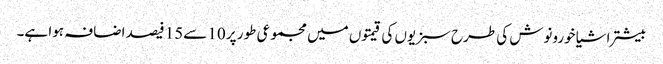
بیشتر اشیا خورونوش کی طرح سبزیوں کی قیمتوں میں مجموعی طور پر 10 سے15 فیصد اضافہ ہوا ہے۔